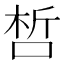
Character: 𠵍